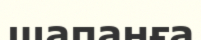
шапанға